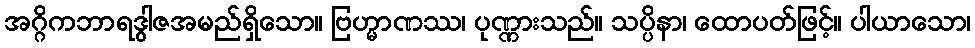
အဂ္ဂိကဘာရဒွါဇအမည်ရှိသော။ ဗြဟ္မာဏဿ၊ ပုဏ္ဏားသည်။ သပ္ပိနာ၊ ထောပတ်ဖြင့်။ ပါယာသော၊